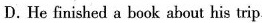
D.He finished a book about his trip.